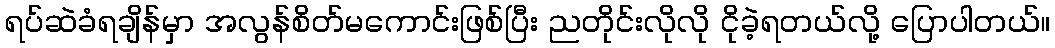
ရပ်ဆဲခံရချိန်မှာ အလွန်စိတ်မကောင်းဖြစ်ပြီး ညတိုင်းလိုလို ငိုခဲ့ရတယ်လို့ ပြောပါတယ်။